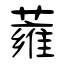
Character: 蕹